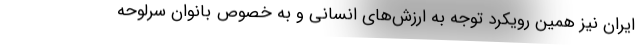
ایران نیز همین رویکرد توجه به ارزش‌های انسانی و به خصوص بانوان سرلوحه